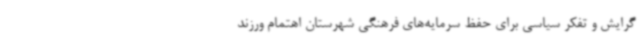
گرایش و تفکر سیاسی برای حفظ سرمایه‌های فرهنگی شهرستان اهتمام ورزند